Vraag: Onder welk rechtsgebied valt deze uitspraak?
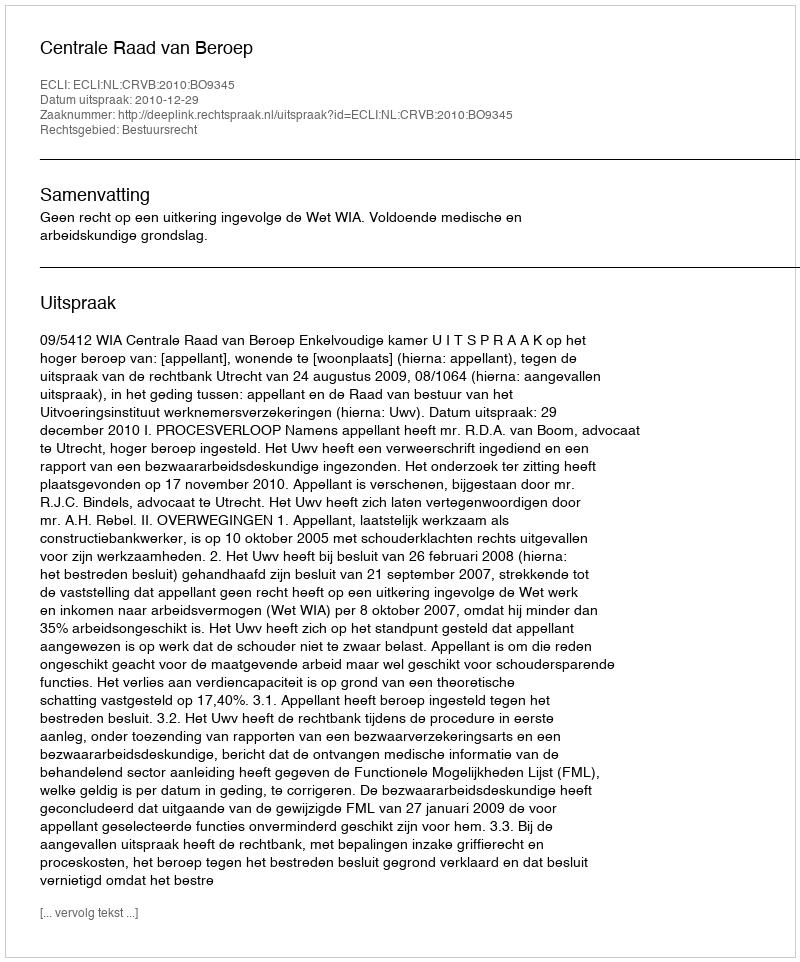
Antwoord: Bestuursrecht